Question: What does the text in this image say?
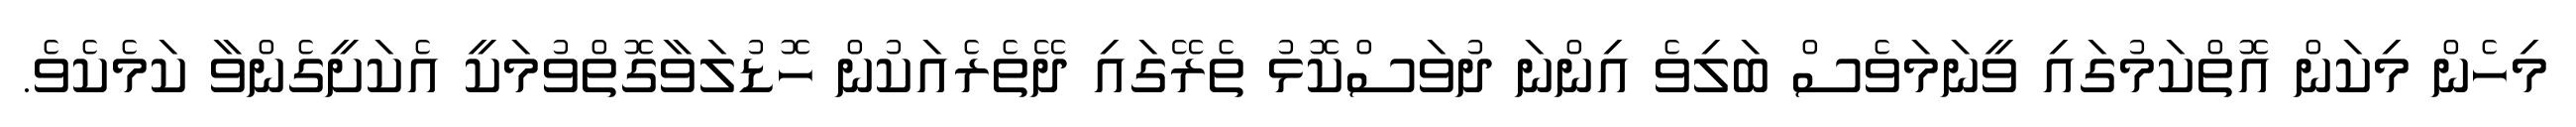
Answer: މިހެން މިކަން އޮތްކަމުގައި ވީނަމަވެސް ބަލިވެ އިންނަ ދުވަސްކޮޅު ތެރޭގައި ދޭތެރެއަކުން ހޮޑުލަވާގޮތްވުމަކީ އެކަށީގެންވާ ކަމެކެވެ.